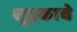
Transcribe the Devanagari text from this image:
शूद्रकाचे